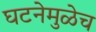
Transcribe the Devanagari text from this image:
घटनेमुळेच